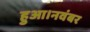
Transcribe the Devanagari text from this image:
हुआ।नवंबर